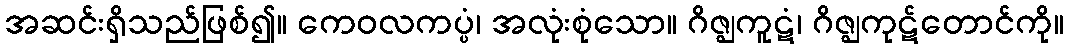
အဆင်းရှိသည်ဖြစ်၍။ ကေဝလကပ္ပံ၊ အလုံးစုံသော။ ဂိဇ္ဈကူဋံ၊ ဂိဇ္ဈကုဋ်တောင်ကို။